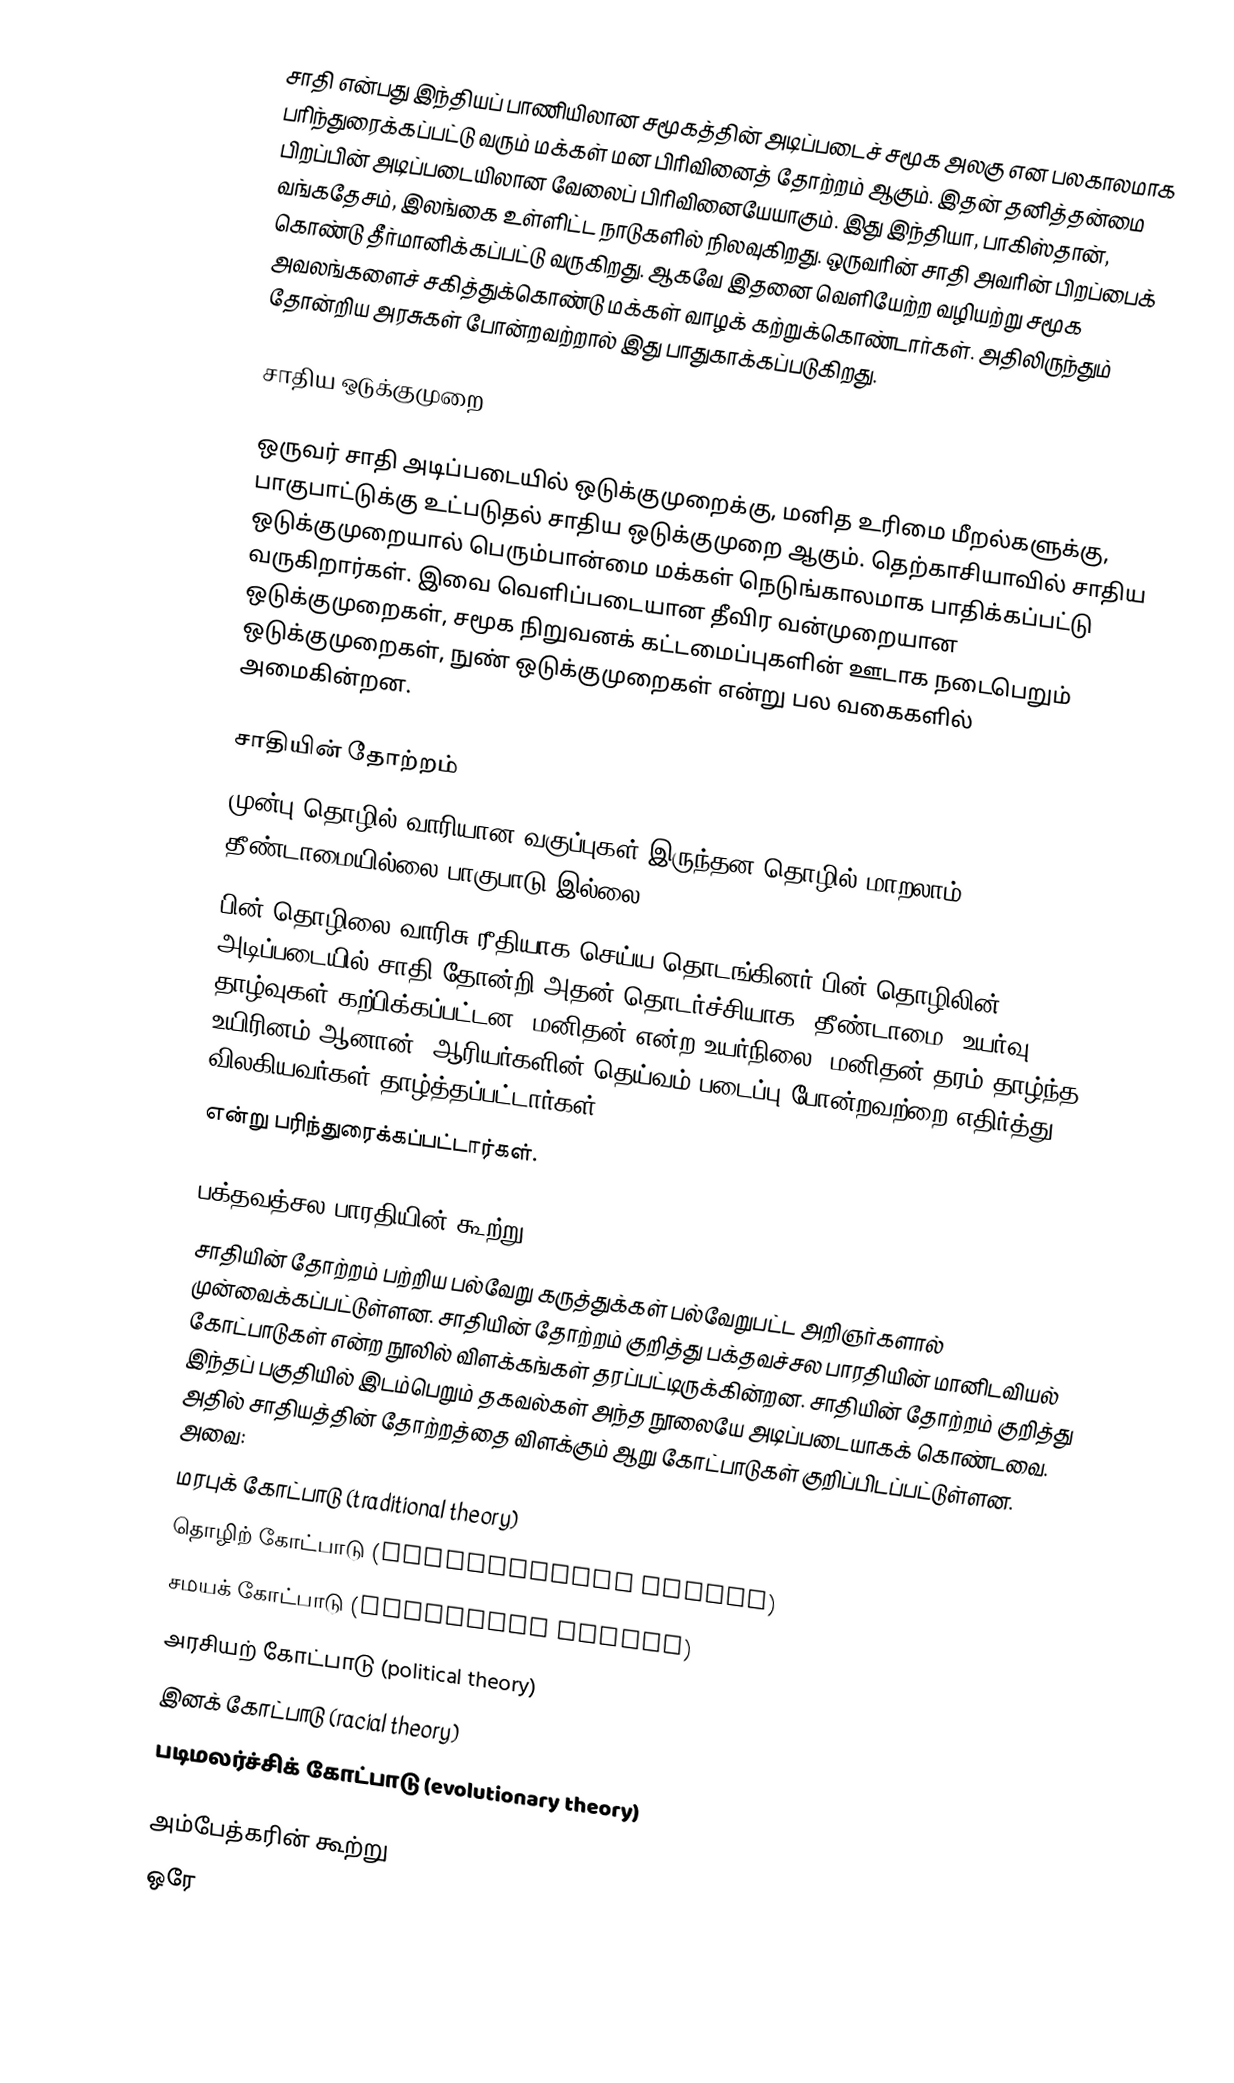
சாதி என்பது  இந்தியப்   பாணியிலான சமூகத்தின் அடிப்படைச் சமூக அலகு என பலகாலமாக பரிந்துரைக்கப்பட்டு வரும் மக்கள் மன பிரிவினைத் தோற்றம் ஆகும். இதன் தனித்தன்மை பிறப்பின் அடிப்படையிலான வேலைப் பிரிவினையேயாகும். இது இந்தியா, பாகிஸ்தான், வங்கதேசம், இலங்கை உள்ளிட்ட நாடுகளில் நிலவுகிறது. ஒருவரின்  சாதி  அவரின் பிறப்பைக் கொண்டு தீர்மானிக்கப்பட்டு வருகிறது. ஆகவே இதனை வெளியேற்ற வழியற்று சமூக அவலங்களைச் சகித்துக்கொண்டு மக்கள் வாழக் கற்றுக்கொண்டார்கள். அதிலிருந்தும் தோன்றிய அரசுகள் போன்றவற்றால் இது பாதுகாக்கப்படுகிறது.

சாதிய ஒடுக்குமுறை

ஒருவர் சாதி அடிப்படையில் ஒடுக்குமுறைக்கு, மனித உரிமை மீறல்களுக்கு, பாகுபாட்டுக்கு உட்படுதல் சாதிய ஒடுக்குமுறை ஆகும்.  தெற்காசியாவில் சாதிய ஒடுக்குமுறையால் பெரும்பான்மை மக்கள் நெடுங்காலமாக பாதிக்கப்பட்டு வருகிறார்கள்.  இவை வெளிப்படையான தீவிர வன்முறையான ஒடுக்குமுறைகள், சமூக நிறுவனக் கட்டமைப்புகளின் ஊடாக நடைபெறும் ஒடுக்குமுறைகள், நுண் ஒடுக்குமுறைகள் என்று பல வகைகளில் அமைகின்றன.

சாதியின் தோற்றம்
முன்பு தொழில் வாரியான வகுப்புகள் இருந்தன,தொழில் மாறலாம் தீண்டாமையில்லை,பாகுபாடு இல்லை.
பின் தொழிலை வாரிசு ரீதியாக செய்ய தொடங்கினர்.பின் தொழிலின் அடிப்படையில்  சாதி தோன்றி,அதன் தொடர்ச்சியாக, தீண்டாமை, உயர்வு தாழ்வுகள் கற்பிக்கப்பட்டன. மனிதன் என்ற உயர்நிலை, மனிதன் தரம் தாழ்ந்த உயிரினம் ஆனான். ஆரியர்களின் தெய்வம் படைப்பு போன்றவற்றை எதிர்த்து விலகியவர்கள் தாழ்த்தப்பட்டார்கள்
என்று பரிந்துரைக்கப்பட்டார்கள்.

பக்தவத்சல பாரதியின் கூற்று
சாதியின் தோற்றம் பற்றிய பல்வேறு கருத்துக்கள் பல்வேறுபட்ட அறிஞர்களால் முன்வைக்கப்பட்டுள்ளன. சாதியின் தோற்றம் குறித்து பக்தவச்சல பாரதியின் மானிடவியல் கோட்பாடுகள் என்ற நூலில் விளக்கங்கள் தரப்பட்டிருக்கின்றன. சாதியின் தோற்றம் குறித்து இந்தப் பகுதியில் இடம்பெறும் தகவல்கள் அந்த நூலையே அடிப்படையாகக் கொண்டவை. அதில் சாதியத்தின் தோற்றத்தை விளக்கும் ஆறு கோட்பாடுகள் குறிப்பிடப்பட்டுள்ளன. அவை:
 மரபுக் கோட்பாடு (traditional theory)
 தொழிற் கோட்பாடு (occupational theory)
 சமயக் கோட்பாடு (religious theory)
 அரசியற் கோட்பாடு (political theory)
 இனக் கோட்பாடு (racial theory)
 படிமலர்ச்சிக் கோட்பாடு (evolutionary theory)

அம்பேத்கரின் கூற்று
ஒரே